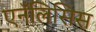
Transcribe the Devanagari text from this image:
एनॅलिसिस